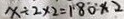
x \div 2 \times 2 = 1 8 0 \times 2